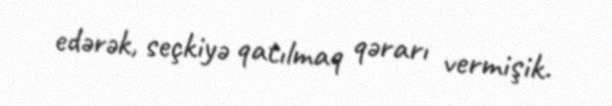
edərək, seçkiyə qatılmaq qərarı vermişik.